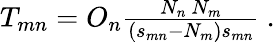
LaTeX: \begin{array}{r}{T_{mn}=O_{n}\frac{N_{n}\ N_{m}}{(s_{mn}-N_{m})s_{mn}}\ .}\end{array}